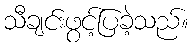
သီချင်းဖွင့်ပြခဲ့သည်။